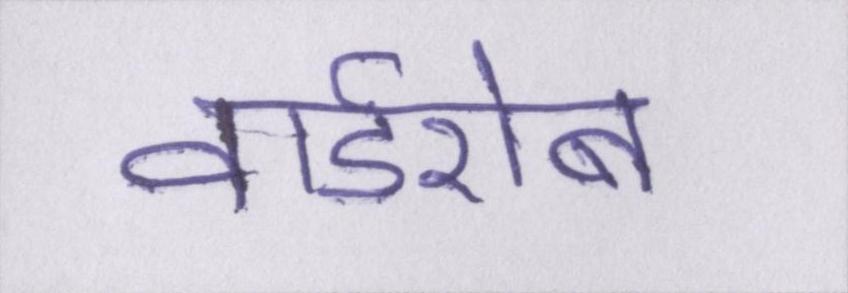
वार्डरोब